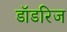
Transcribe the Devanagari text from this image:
डॉडरिज